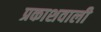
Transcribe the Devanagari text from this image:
प्रकाशवाली